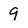
Character: 9